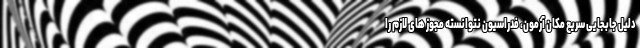
دلیل جابجایی سریع مکان آزمون، فدراسیون نتوانسته مجوز های لازم را